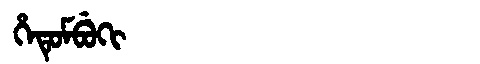
Manchu: ᡥᡝᡨᡠᠮᠪᡠᡴᡳ
Romanization: HETUMBUKI